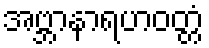
အဗ္ဘာနာရဟဝတ္တံ